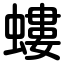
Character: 螻